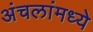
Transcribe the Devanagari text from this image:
अंचलांमध्ये